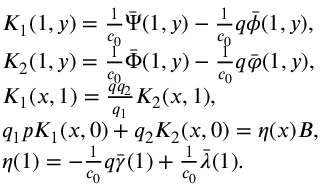
\begin{array} { r l } & { K _ { 1 } ( 1 , y ) = \frac { 1 } { c _ { 0 } } { \bar { \Psi } } ( 1 , y ) - \frac { 1 } { c _ { 0 } } q { \bar { \phi } } ( 1 , y ) , } \\ & { K _ { 2 } ( 1 , y ) = \frac { 1 } { c _ { 0 } } { \bar { \Phi } } ( 1 , y ) - \frac { 1 } { c _ { 0 } } q { \bar { \varphi } } ( 1 , y ) , } \\ & { K _ { 1 } ( x , 1 ) = \frac { q q _ { 2 } } { q _ { 1 } } K _ { 2 } ( x , 1 ) , } \\ & { q _ { 1 } p K _ { 1 } ( x , 0 ) + q _ { 2 } K _ { 2 } ( x , 0 ) = \eta ( x ) B , } \\ & { \eta ( 1 ) = - \frac { 1 } { c _ { 0 } } q \bar { \gamma } ( 1 ) + \frac { 1 } { c _ { 0 } } \bar { \lambda } ( 1 ) . } \end{array}